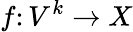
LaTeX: f\colon V^{k}\to X